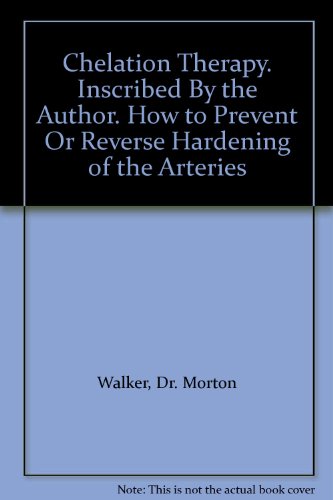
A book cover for Chelation Therapy. Inscribed By the Author. How to Prevent Or Reverse Hardening of the Arteries; Dr. Morton Walker; Health, Fitness & Dieting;